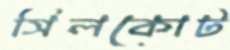
সিলকোট